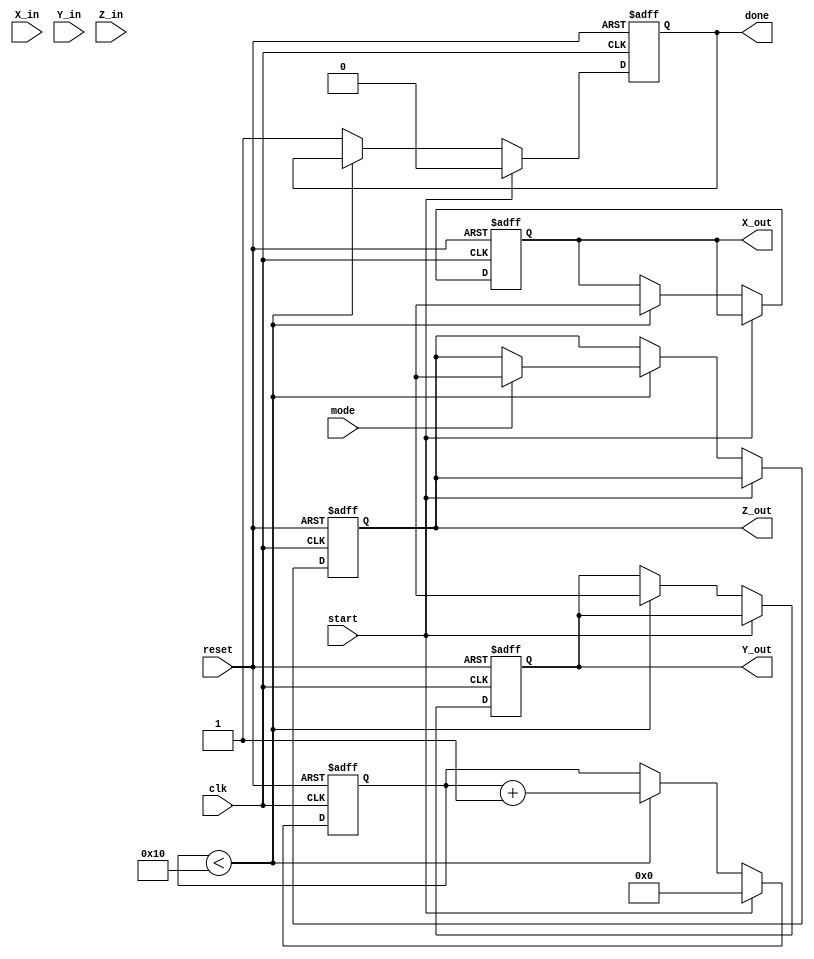
module modified_cordic (
    input wire clk,
    input wire reset,
    input wire [15:0] X_in,      // Fixed-point input X
    input wire [15:0] Y_in,      // Fixed-point input Y
    input wire [15:0] Z_in,      // Fixed-point angle input
    input wire mode,             // 0: rotation, 1: vectoring
    input wire start,            // Start signal for computation
    output reg [15:0] X_out,     // Fixed-point output X
    output reg [15:0] Y_out,     // Fixed-point output Y
    output reg [15:0] Z_out,     // Remaining phase angle (only in vectoring mode)
    output reg done              // Done signal
);

    // Parameters
    parameter NUM_ITERATIONS = 16; // Number of iterations
    parameter LUT_SIZE = 16;        // Size of LUT for arctan values

    // Internal signals
    reg [15:0] x_reg [0:NUM_ITERATIONS-1]; // Pipeline registers for X
    reg [15:0] y_reg [0:NUM_ITERATIONS-1]; // Pipeline registers for Y
    reg [15:0] z_reg [0:NUM_ITERATIONS-1]; // Pipeline registers for Z
    reg [3:0] iteration;                  // Iteration counter
    reg [15:0] lut [0:LUT_SIZE-1];        // LUT for arctan values
    reg [15:0] gain;                      // Scaling factor

    // Initialize LUT with arctan(1/2^n) values
    initial begin
        lut[0] = 16'h0000; // arctan(1/2^0)
        lut[1] = 16'h3C90; // arctan(1/2^1)
        lut[2] = 16'h3E20; // arctan(1/2^2)
        lut[3] = 16'h3F00; // arctan(1/2^3)
        // ... Fill in the rest of the LUT values
    end

    // Gain compensation (for simplicity, using a fixed value)
    initial begin
        gain = 16'h5A82; // Approximation for 1/sqrt(2)
    end

    // State machine for CORDIC computation
    always @(posedge clk or posedge reset) begin
        if (reset) begin
            X_out <= 0;
            Y_out <= 0;
            Z_out <= 0;
            done <= 0;
            iteration <= 0;
        end else if (start) begin
            // Initialize registers
            x_reg[0] <= X_in;
            y_reg[0] <= Y_in;
            z_reg[0] <= Z_in;
            iteration <= 0;
            done <= 0;
        end else if (iteration < NUM_ITERATIONS) begin
            // CORDIC iteration
            if (mode == 0) begin // Rotation mode
                if (z_reg[iteration] < 0) begin
                    x_reg[iteration + 1] <= x_reg[iteration] + (y_reg[iteration] >>> iteration);
                    y_reg[iteration + 1] <= y_reg[iteration] - (x_reg[iteration] >>> iteration);
                    z_reg[iteration + 1] <= z_reg[iteration] + lut[iteration];
                end else begin
                    x_reg[iteration + 1] <= x_reg[iteration] - (y_reg[iteration] >>> iteration);
                    y_reg[iteration + 1] <= y_reg[iteration] + (x_reg[iteration] >>> iteration);
                    z_reg[iteration + 1] <= z_reg[iteration] - lut[iteration];
                end
            end else begin // Vectoring mode
                if (y_reg[iteration] < 0) begin
                    x_reg[iteration + 1] <= x_reg[iteration] + (y_reg[iteration] >>> iteration);
                    y_reg[iteration + 1] <= y_reg[iteration] - (x_reg[iteration] >>> iteration);
                    z_reg[iteration + 1] <= z_reg[iteration] + lut[iteration];
                end else begin
                    x_reg[iteration + 1] <= x_reg[iteration] - (y_reg[iteration] >>> iteration);
                    y_reg[iteration + 1] <= y_reg[iteration] + (x_reg[iteration] >>> iteration);
                    z_reg[iteration + 1] <= z_reg[iteration] - lut[iteration];
                end
            end

            // Update outputs
            X_out <= x_reg[NUM_ITERATIONS];
            Y_out <= y_reg[NUM_ITERATIONS];
            if (mode == 1) begin
                Z_out <= z_reg[NUM_ITERATIONS];
            end

            // Increment iteration
            iteration <= iteration + 1;
        end else begin
            done <= 1; // Signal that computation is done
        end
    end

endmodule